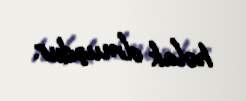
həlak olmuşdur.